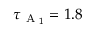
\tau _ { \textrm { A } _ { 1 } } = 1 . 8